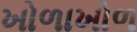
ખોળાખોળ